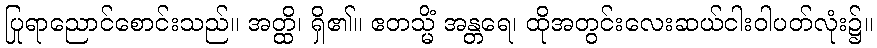
ပြုရာညောင်စောင်းသည်။ အတ္ထိ၊ ရှိ၏။ ဧတသ္မိံ အန္တရေ၊ ထိုအတွင်းလေးဆယ်ငါးဝါပတ်လုံး၌။